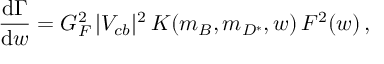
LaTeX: { \frac { \mathrm { d } \Gamma } { \mathrm { d } w } } = G _ { F } ^ { 2 } \, | V _ { c b } | ^ { 2 } \, K ( m _ { B } , m _ { D ^ { * } } , w ) \, F ^ { 2 } ( w ) \, ,